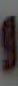
و